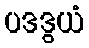
ပဒဒွယံ